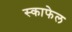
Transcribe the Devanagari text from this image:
स्काफेल